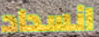
انسداد